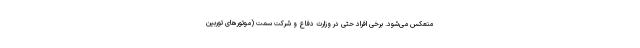
منعکس می‌شود. برخی افراد حتی در وزارت دفاع و شرکت سمت (موتورهای توربین